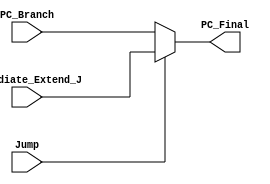
module Mux_Jump (PC_Branch,Immediate_Extend_J,Jump, PC_Final);

input [31:0] PC_Branch;
input [31:0] Immediate_Extend_J;
input Jump; //Sinal de Controle que indica que uma instruo Jump foi realizada
output reg [31:0] PC_Final;

always @(*) begin

	if(Jump)// pelo esquematico, jump=1 passa o endereo do jump e 0 o endereo com ou sem branch
		begin
			PC_Final = Immediate_Extend_J;
		end
	else
		begin
			PC_Final = PC_Branch;
		end
end

endmodule